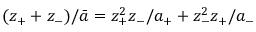
( z _ { + } + z _ { - } ) / \bar { a } = z _ { + } ^ { 2 } z _ { - } / a _ { + } + z _ { - } ^ { 2 } z _ { + } / a _ { - }